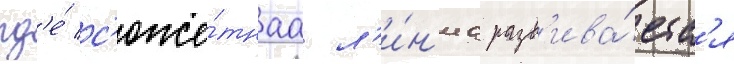
гд'е́ с'юже́тнаа л'и́н'иа разв'ива́етс'я